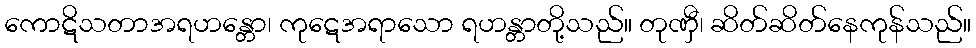
ကောဋိသတာအရဟန္တော၊ ကုဋေအရာသော ရဟန္တာတို့သည်။ တုဏှီ၊ ဆိတ်ဆိတ်နေကုန်သည်။